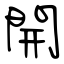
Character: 開